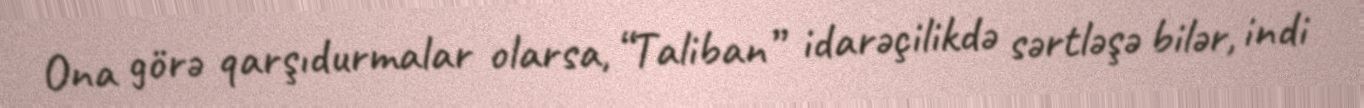
Ona görə qarşıdurmalar olarsa, “Taliban” idarəçilikdə sərtləşə bilər, indi